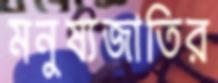
মনুষ্যজাতির